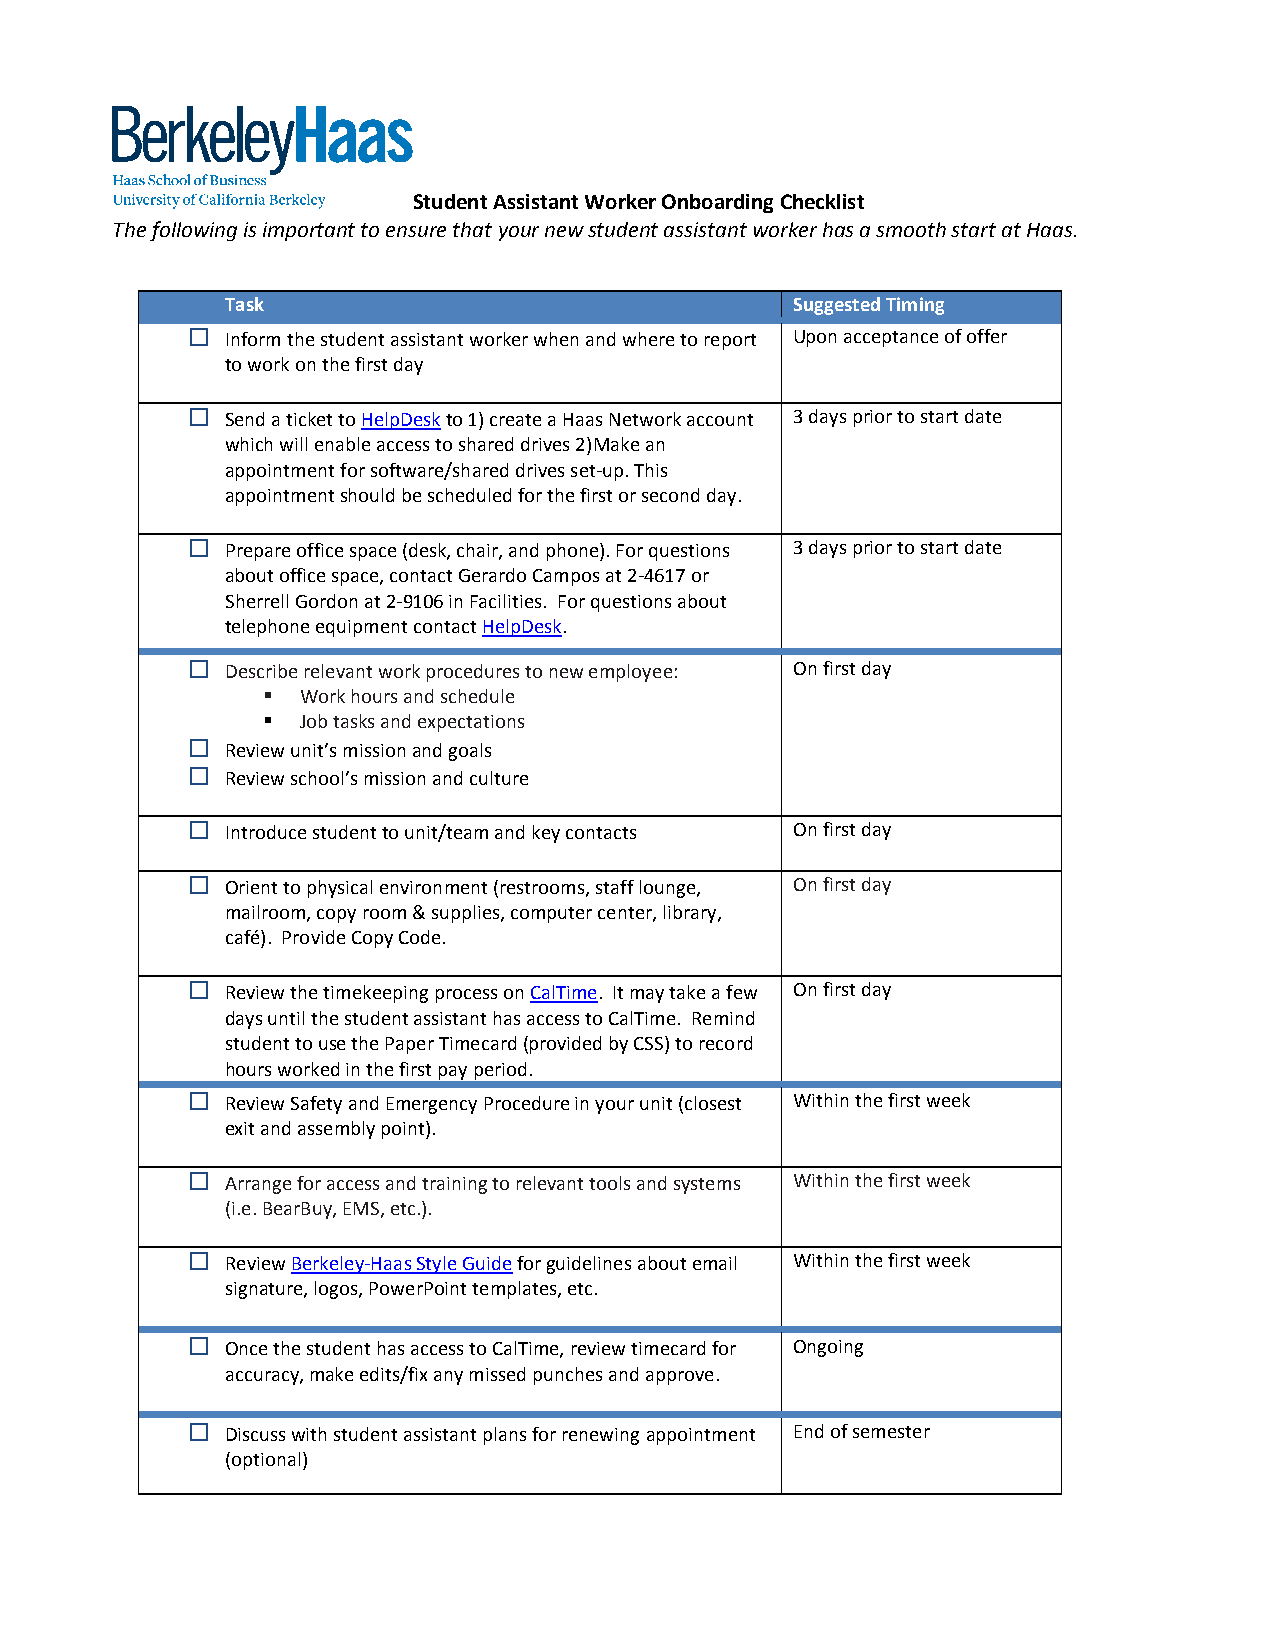
Student Assistant Worker Onboarding Checklist
 The following is important to ensure that your new student assistant worker has a smooth start at Haas.
 Task                                  Suggested Timing
   Inform the student assistant worker when and where to report Upon acceptance of offer
 to work on the first day
   Send a ticket to HelpDesk to 1) create a Haas Network account 3 days prior to start date
 which will enable access to shared drives 2)Make an
 appointment for software/shared drives set-up. This
 appointment should be scheduled for the first or second day.
   Prepare office space (desk, chair, and phone). For questions 3 days prior to start date
 about office space, contact Gerardo Campos at 2-4617 or
 Sherrell Gordon at 2-9106 in Facilities. For questions about
 telephone equipment contact HelpDesk.
   Describe relevant work procedures to new employee: On first day
   Work hours and schedule
   Job tasks and expectations
   Review unit’s mission and goals
   Review school’s mission and culture
   Introduce student to unit/team and key contacts On first day
   Orient to physical environment (restrooms, staff lounge, On first day
 mailroom, copy room & supplies, computer center, library,
 café). Provide Copy Code.
   Review the timekeeping process on CalTime. It may take a few On first day
 days until the student assistant has access to CalTime. Remind
 student to use the Paper Timecard (provided by CSS) to record
 hours worked in the first pay period.
   Review Safety and Emergency Procedure in your unit (closest Within the first week
 exit and assembly point).
   Arrange for access and training to relevant tools and systems Within the first week
 (i.e. BearBuy, EMS, etc.).
   Review Berkeley-Haas Style Guide for guidelines about email Within the first week
 signature, logos, PowerPoint templates, etc.
   Once the student has access to CalTime, review timecard for Ongoing
 accuracy, make edits/fix any missed punches and approve.
   Discuss with student assistant plans for renewing appointment End of semester
 (optional)